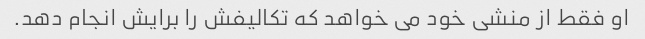
او فقط از منشی خود می خواهد که تکالیفش را برایش انجام دهد.